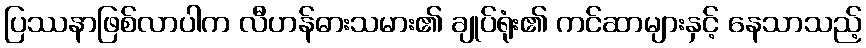
ပြဿနာဖြစ်လာပါက လီဟန်ဓားသမား၏ ချုပ်ရုံး၏ ကင်ဆာများနှင့် နေသာသည့်